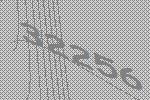
32256